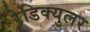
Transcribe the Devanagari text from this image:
रेडिक्युलर